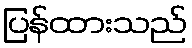
ပြန်ထားသည်